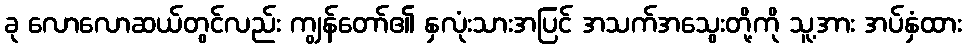
ခု လောလောဆယ်တွင်လည်း ကျွန်တော်၏ နှလုံးသားအပြင် အသက်အသွေးတို့ကို သူ့အား အပ်နှံထား